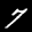
Label: 7